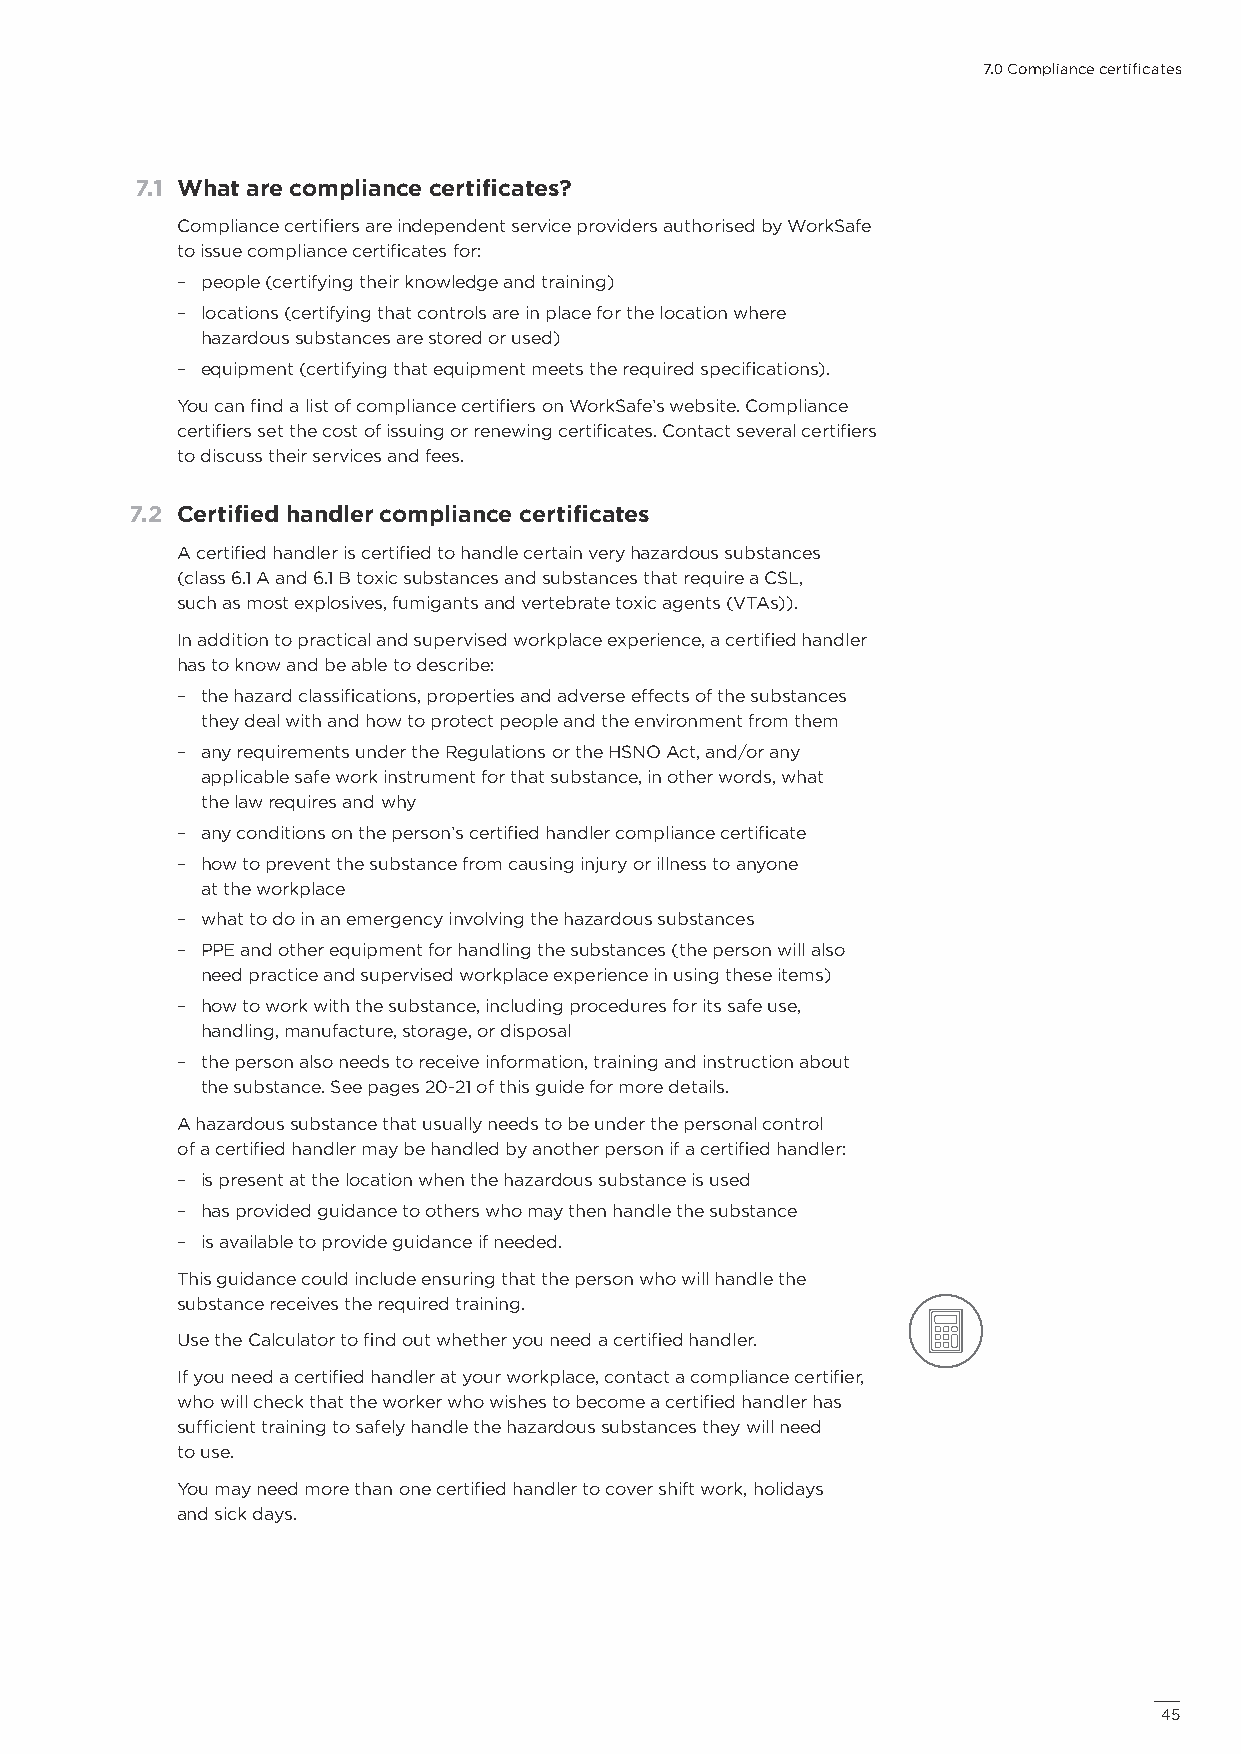
7.0 Compliance certificates
 7.1 What are compliance certificates?
 Compliance certifiers are independent service providers authorised by WorkSafe
 to issue compliance certificates for:
 – people (certifying their knowledge and training)
 – locations (certifying that controls are in place for the location where
 hazardous substances are stored or used)
 – equipment (certifying that equipment meets the required specifications).
 You can find a list of compliance certifiers on WorkSafe’s website. Compliance
 certifiers set the cost of issuing or renewing certificates. Contact several certifiers
 to discuss their services and fees.
 7.2 Certified handler compliance certificates
 A certified handler is certified to handle certain very hazardous substances
 (class 6.1 A and 6.1 B toxic substances and substances that require a CSL,
 such as most explosives, fumigants and vertebrate toxic agents (VTAs)).
 In addition to practical and supervised workplace experience, a certified handler
 has to know and be able to describe:
 – the hazard classifications, properties and adverse effects of the substances
 they deal with and how to protect people and the environment from them
 – any requirements under the Regulations or the HSNO Act, and/or any
 applicable safe work instrument for that substance, in other words, what
 the law requires and why
 – any conditions on the person’s certified handler compliance certificate
 – how to prevent the substance from causing injury or illness to anyone
 at the workplace
 – what to do in an emergency involving the hazardous substances
 – PPE and other equipment for handling the substances (the person will also
 need practice and supervised workplace experience in using these items)
 – how to work with the substance, including procedures for its safe use,
 handling, manufacture, storage, or disposal
 – the person also needs to receive information, training and instruction about
 the substance. See pages 20-21 of this guide for more details.
 A hazardous substance that usually needs to be under the personal control
 of a certified handler may be handled by another person if a certified handler:
 – is present at the location when the hazardous substance is used
 – has provided guidance to others who may then handle the substance
 – is available to provide guidance if needed.
 This guidance could include ensuring that the person who will handle the
 substance receives the required training.
 Use the Calculator to find out whether you need a certified handler.
 If you need a certified handler at your workplace, contact a compliance certifier,
 who will check that the worker who wishes to become a certified handler has
 sufficient training to safely handle the hazardous substances they will need
 to use.
 You may need more than one certified handler to cover shift work, holidays
 and sick days.
 4455